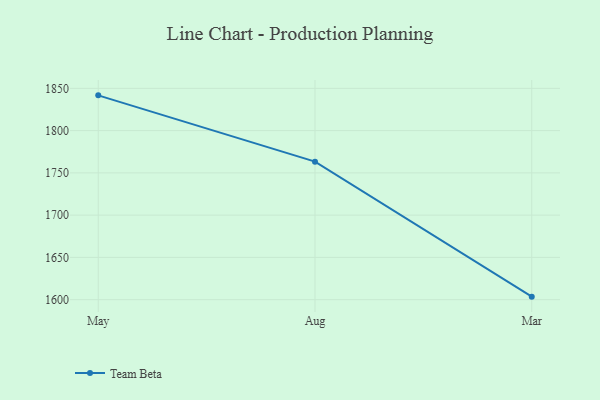
{"axis": {"x": "Month", "y": "Customer Acquisition Cost (USD)"}, "legend": ["Team Beta"], "data": [{"x": "May", "y": 1841.7, "type": "Team Beta"}, {"x": "Aug", "y": 1763.3, "type": "Team Beta"}, {"x": "Mar", "y": 1603.6, "type": "Team Beta"}]}